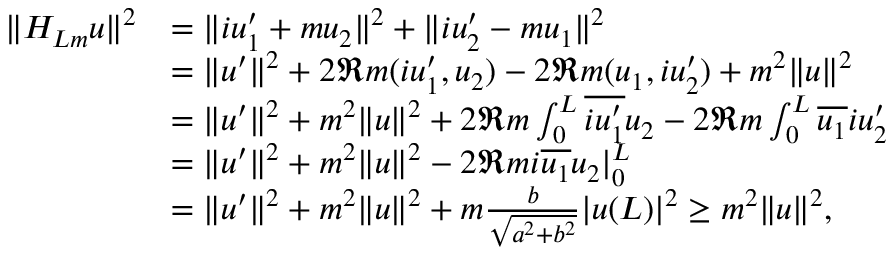
\begin{array} { r l } { \| H _ { L m } u \| ^ { 2 } } & { = \| i u _ { 1 } ^ { \prime } + m u _ { 2 } \| ^ { 2 } + \| i u _ { 2 } ^ { \prime } - m u _ { 1 } \| ^ { 2 } } \\ & { = \| u ^ { \prime } \| ^ { 2 } + 2 \Re m ( i u _ { 1 } ^ { \prime } , u _ { 2 } ) - 2 \Re m ( u _ { 1 } , i u _ { 2 } ^ { \prime } ) + m ^ { 2 } \| u \| ^ { 2 } } \\ & { = \| u ^ { \prime } \| ^ { 2 } + m ^ { 2 } \| u \| ^ { 2 } + 2 \Re m \int _ { 0 } ^ { L } \overline { { i u _ { 1 } ^ { \prime } } } u _ { 2 } - 2 \Re m \int _ { 0 } ^ { L } \overline { { u _ { 1 } } } i u _ { 2 } ^ { \prime } } \\ & { = \| u ^ { \prime } \| ^ { 2 } + m ^ { 2 } \| u \| ^ { 2 } - 2 \Re m i \overline { { u _ { 1 } } } u _ { 2 } | _ { 0 } ^ { L } } \\ & { = \| u ^ { \prime } \| ^ { 2 } + m ^ { 2 } \| u \| ^ { 2 } + m \frac { b } { \sqrt { a ^ { 2 } + b ^ { 2 } } } | u ( L ) | ^ { 2 } \geq m ^ { 2 } \| u \| ^ { 2 } , } \end{array}